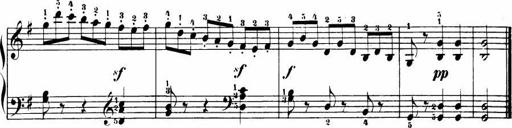
Title: Le bouquetier
Composer: Anton Diabelli
Key: G major
 C major
 F major
 C major